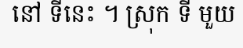
នៅ ទីនេះ ។ ស្រុក ទី មួយ